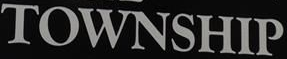
TOWNSHIP